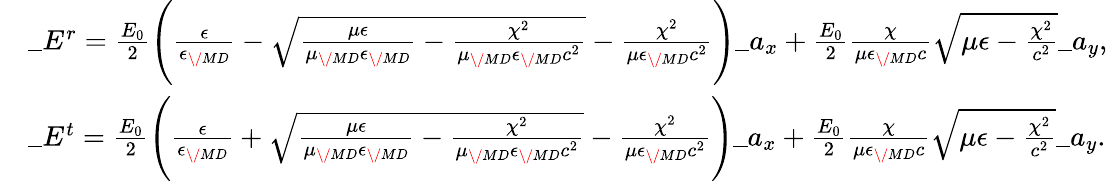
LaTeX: \begin{array}{rl}&{\_ E^{r}={\frac{E_{0}}{2}}\Bigg({\frac{\epsilon}{\epsilon_{\/ {MD}}}}-\sqrt{{\frac{\mu\epsilon}{\mu_{\/ {MD}}\epsilon_{\/ {MD}}}}-{\frac{\chi^{2}}{\mu_{\/ {MD}}\epsilon_{\/ {MD}}c^{2}}}}-{\frac{\chi^{2}}{\mu\epsilon_{\/ {MD}}c^{2}}}\Bigg)\_ a_{x}+{\frac{E_{0}}{2}}{\frac{\chi}{\mu\epsilon_{\/ {MD}}c}}\sqrt{\mu\epsilon-{\frac{\chi^{2}}{c^{2}}}}\_ a_{y},}\\ &{\_ E^{t}={\frac{E_{0}}{2}}\Bigg({\frac{\epsilon}{\epsilon_{\/ {MD}}}}+\sqrt{{\frac{\mu\epsilon}{\mu_{\/ {MD}}\epsilon_{\/ {MD}}}}-{\frac{\chi^{2}}{\mu_{\/ {MD}}\epsilon_{\/ {MD}}c^{2}}}}-{\frac{\chi^{2}}{\mu\epsilon_{\/ {MD}}c^{2}}}\Bigg)\_ a_{x}+{\frac{E_{0}}{2}}{\frac{\chi}{\mu\epsilon_{\/ {MD}}c}}\sqrt{\mu\epsilon-{\frac{\chi^{2}}{c^{2}}}}\_ a_{y}.}\end{array}